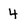
Character: 4